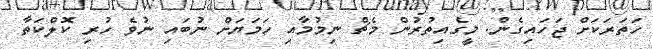
ހަތަރަކަށް ޖަހައިގެން. މީގެއިތުރުން މެޗް ނިމުމާއި ހަމަޔަށް ނުބައި ނުވެ ހުރި ކޮލްކަތާ